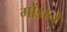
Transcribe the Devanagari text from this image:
गोंडाने